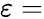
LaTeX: \varepsilon=